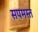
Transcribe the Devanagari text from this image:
सपमस्त